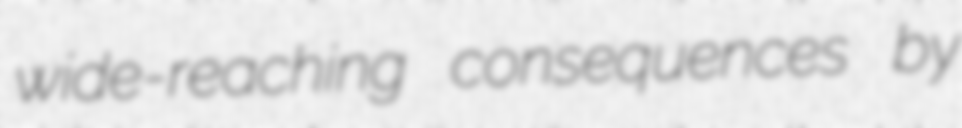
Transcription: wide-reaching consequences by